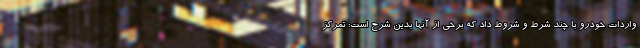
واردات خودرو با چند شرط و شروط داد که برخی از آنها بدین شرح است: تمرکز